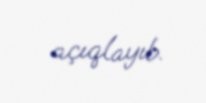
açıqlayıb.